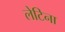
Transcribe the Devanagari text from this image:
लेटिना